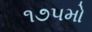
૧૭૫મો